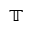
\mathbb T